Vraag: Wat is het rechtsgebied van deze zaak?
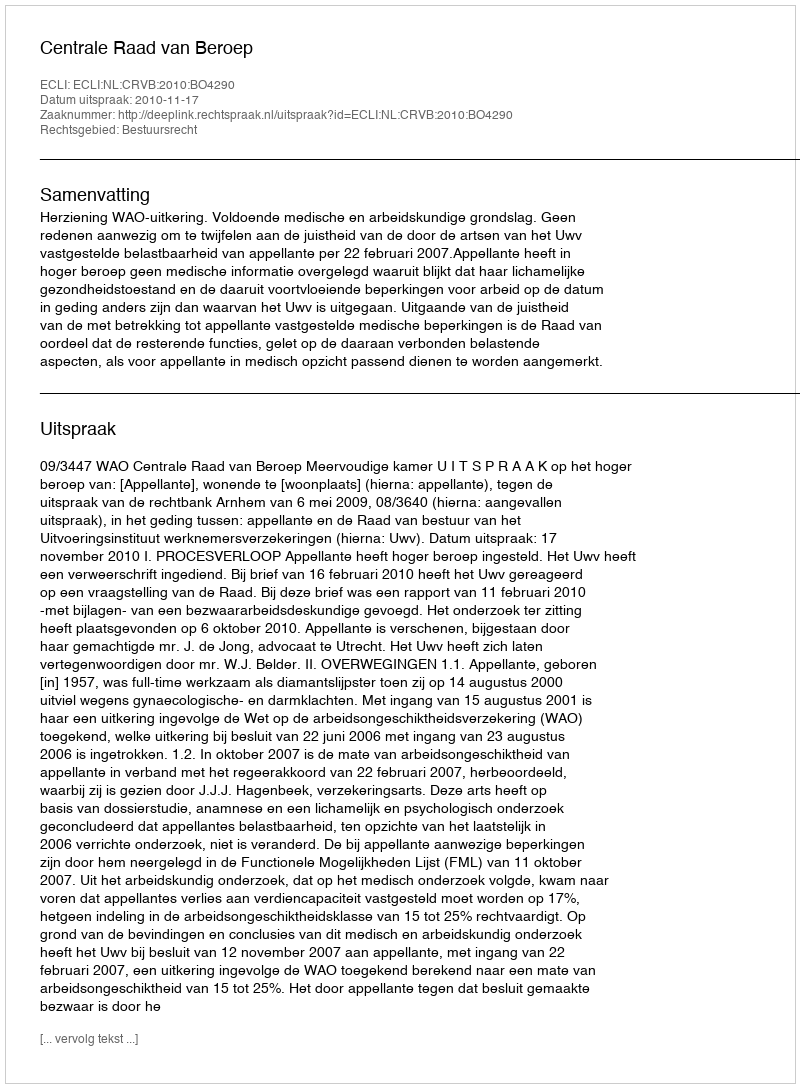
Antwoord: Bestuursrecht